Civil Veterinary Dept. Bombay admin report 1893-99 - 1893-1899
Year: 1893
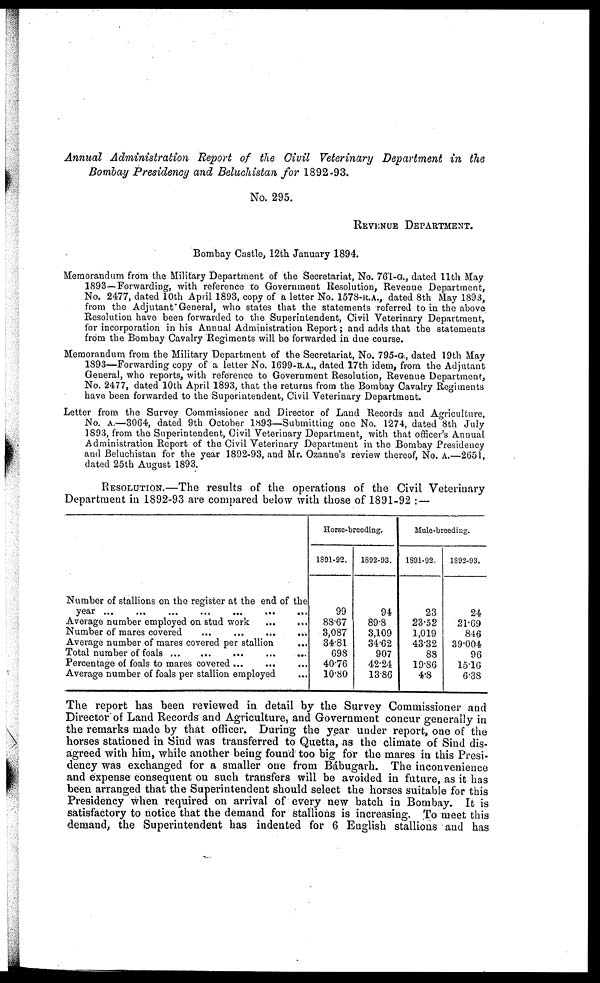
Annual Administration
Report of the Civil Veterinary Department in the
Bombay Presidency and Beluchistan for 1892-93.
No. 295.
REVENUE DEPARTMENT.
Bombay Castle, 12th January 1894.
Memorandum from the Military Department of the Secretariat, No. 761-G., dated 11th May
1893—Forwarding, with reference to Government Resolution, Revenue Department,
No. 2477, dated 10th April 1893, copy of a letter No. 1578-R.A., dated 8th May 1893,
from the Adjutant General, who states that the statements referred to in the above
Resolution have been forwarded to the Superintendent, Civil Veterinary Department,
for incorporation in his Annual Administration Report; and adds that the statements
from the Bombay Cavalry Regiments will be forwarded in due course.
Memorandum from the Military Department of the Secretariat, No. 795-G., dated 19th May
1893—Forwarding copy of a letter No. 1699-R.A., dated 17th idem, from the Adjutant
General, who reports, with reference to Government Resolution, Revenue Department,
No. 2477, dated 10th April 1893, that the returns from the Bombay Cavalry Regiments
have been forwarded to the Superintendent, Civil Veterinary Department.
Letter from the Survey Commissioner and Director of Land Records and Agriculture,
No. A.—3064, dated 9th October 1893—Submitting one No. 1274, dated 8th July
1893, from the Superintendent, Civil Veterinary Department, with that officer's Annual
Administration Report of the Civil Veterinary Department in the Bombay Presidency
and Beluchistan for the year 1892-93, and Mr. Ozanne's review thereof, No. A.—2651,
dated 25th August 1893.
RESOLUTION.—The results of the operations of the Civil Veterinary
Department in 1892-93 are compared below with those of 1891-92:—
Number of stallions on the register at the end of the
year ...
...
...
...
...
...
...
Average number employed on stud work
...
...
Number of mares covered ... ... ...
Average number of mares covered per stallion ...
Total number of foals... ... ... ... ...
Percentage of foals to mares covered ...
Average number of foals per stallion employed ...
Horse-breeding.
1891-92.
99
88.67
3,087
34.81
698
40.76
10.80
1892-93.
94
89.8
3,109
34.62
907
42.24
13.86
Mule-breeding.
1891-92.
23
23.52
1,019
43.32
88
19.86
4.8
1892-93.
24
21.69
846
39.004
96
15.16
6.38
The report has been reviewed in detail by the Survey Commissioner and
Director of Land Records and Agriculture, and Government concur generally in
the remarks made by that officer. During the year under report, one of the
horses stationed in Sind was transferred to Quetta, as the climate of Sind dis-
agreed with him, while another being found too big for the mares in this Presi-
dency was exchanged for a smaller one from Bábugarh. The inconvenience
and expense consequent on such transfers will be avoided in future, as it has
been arranged that the Superintendent should select the horses suitable for this
Presidency when required on arrival of every new batch in Bombay. It is
satisfactory to notice that the demand for stallions is increasing. To meet this
demand, the Superintendent has indented for 6 English stallions and has